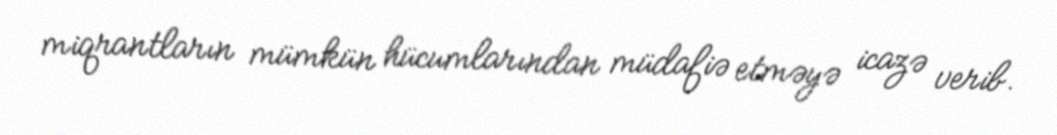
miqrantların mümkün hücumlarından müdafiə etməyə icazə verib.